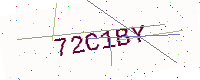
Text: 72C1BY